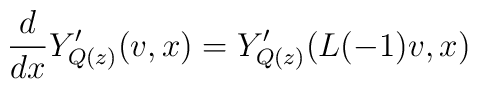
\frac{d}{dx}Y'_{Q(z)}(v, x)=Y'_{Q(z)}(L(-1)v, x)